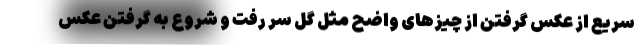
سریع از عکس گرفتن از چیز‌های واضح مثل گل سر رفت و شروع به گرفتن عکس